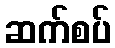
ဆက်စပ်